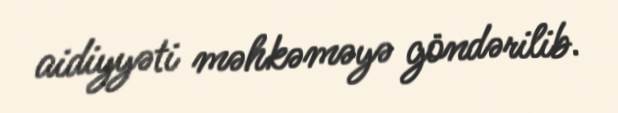
aidiyyəti məhkəməyə göndərilib.